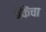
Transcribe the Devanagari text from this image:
बँकॆचा